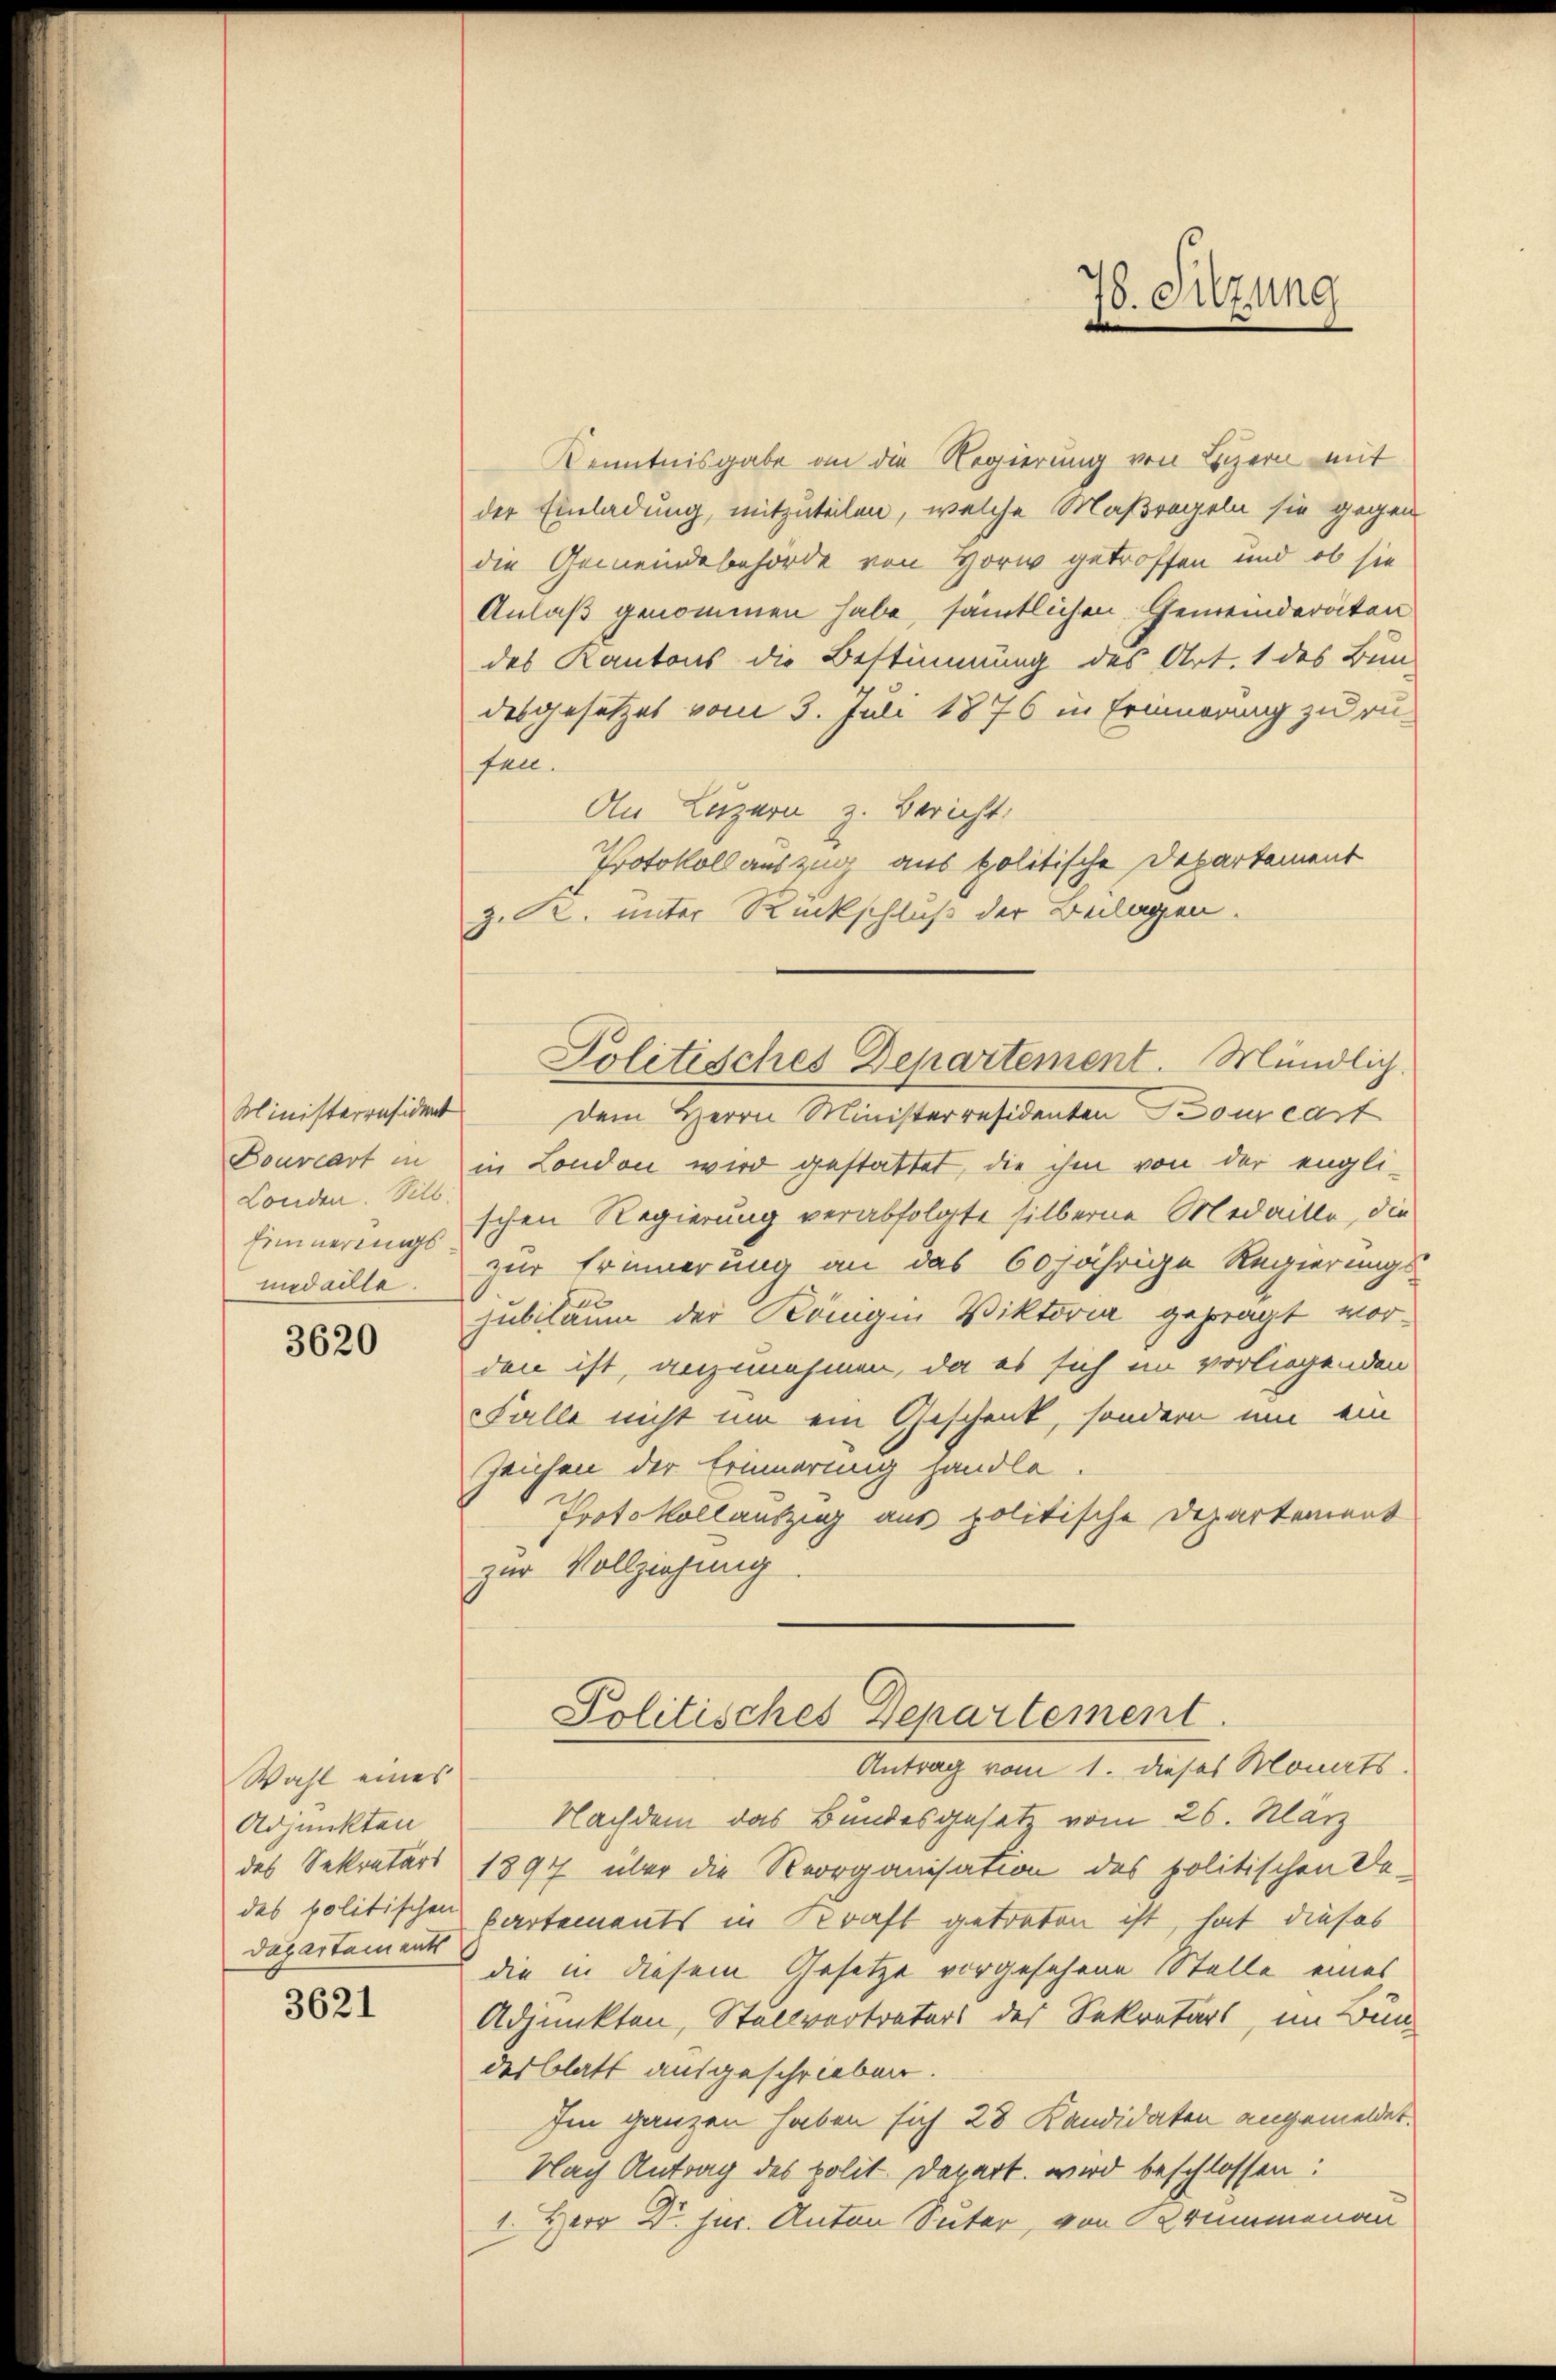
Ministerräsident
Bourcart in
Londen. Sill.
Einnerungsmidaille.

3620

Wahl eines
Adjunkten
Dapartements

3621

Kenntnisgabe an die Regierung von Luzern mit
der Einladung, mitzuteilen, welche Maßregeln sie gegen
die Gemeindebehörde von Horw getroffen und ob sie
Anlaß genommen habe, sämtlichen Gemeinderäten
des Kantons die Bestimmung des Art. 1 des Bun-
desgesetzet vom 3. Juli 1876 in Erinnerung zu rü-
fen.
An Luzern z. Bericht
Protokoll auszug aus politische Departement
z. R. unter Rückschluß der Beilagen.
dem Herrn Ministerresidenten Bourcart
in London wird gestattet, die ihm von der engli-
schen Regierung verabfolgte silberne Medaille, die
zur Erinnerung an das 60jährige Regierungs-
jubiläum der Königin Viktoria geprägt vorden ist, anzunehmen, da es sich im vorliegenden
Falle nicht um ein Geschenk, sondern um ein
Zeichen der Erinnerung handle.
Protokollauszug aus politische Departement
zur Vollziehung

78. Sitzung

Politisches Departement. Mündlich.

Politisches Departement.
Antrag vom 1. dieses Monats

Nachdem das Bundesgesetz vom 26. März
des Sekretärs 1897 über die Reorganisation des politischen De-
des politischen Partements in Kraft getreten ist, hat dieses
die in diesem Gesetze vorgesehene Stelle eines
Adjunkten, Stellvertreters des Sekretärs, im Bundesblatt ausgeschrieben.
Im ganzen haben sich 28 Kandidaten angemeldet.
Nach Antrag des polit. Depart wird beschlossen:
1. Herr Dr. jur. Anton Suter, von Brummenau